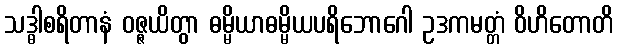
သဒ္ဓါစရိတာနံ ဝဇ္ဇယိတွာ ဓမ္မိယာဓမ္မိယပရိဘောဂေါ ဥဒကမတ္တံ ဝိဟိတောတိ